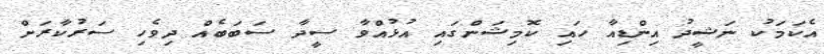
އެކަމަކު ނަޝީދު އިންޑިއާ ހައި ކޮމިޝަންގައި އުޅުއްވާ ސީދާ ސަބަބެއް ދިވެހި ސަރުކާރަށް